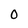
Character: 0